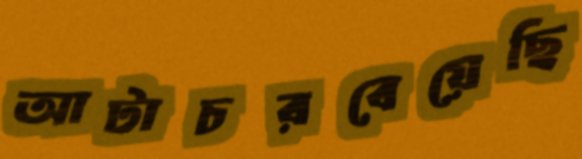
আটাচরবেয়েছি